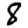
Digit: 8